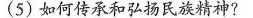
(5) 如何传承和弘扬民族精神?